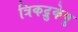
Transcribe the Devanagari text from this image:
त्रिकद्रुकेषु